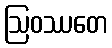
ဩဝဿတေ